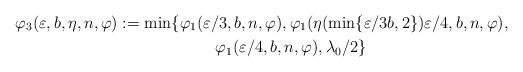
LaTeX: \begin{align*}\varphi_3(\varepsilon,b,\eta,n,\varphi)&:=\min\{\varphi_1(\varepsilon/3,b,n,\varphi),\varphi_1(\eta(\min\{\varepsilon/3b,2\}) \varepsilon/4,b,n,\varphi),\\&\qquad\qquad\qquad\varphi_1(\varepsilon/4,b,n,\varphi),\lambda_0/2\}\end{align*}